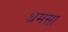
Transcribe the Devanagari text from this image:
धमसा